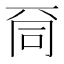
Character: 𠀹